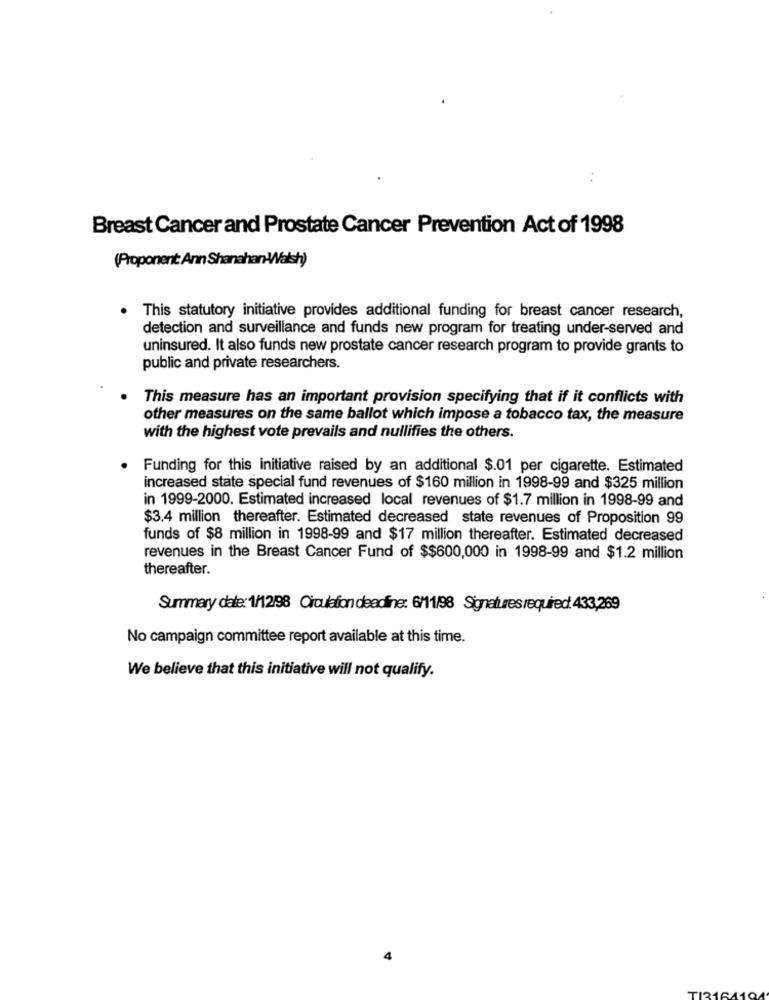
Breast Cancer and Prostate Cancer Prevention Act of 1998
(Proponent Ann Shanahan-Walsh)
This statutory initiative provides additional funding for breast cancer research,
detection and surveillance and funds new program for treating under-served and
uninsured. It also funds new prostate cancer research program to provide grants to
public and private researchers.
This measure has an important provision specifying that if it conflicts with
other measures on the same ballot which impose a tobacco tax, the measure
with the highest vote prevails and nullifies the others.
Funding for this initiative raised by an additional $.01 per cigarette. Estimated
increased state special fund revenues of $160 million in 1998-99 and $325 million
in 1999-2000. Estimated increased local revenues of $1.7 million in 1998-99 and
$3.4 million thereafter. Estimated decreased state revenues of Proposition 99
funds of $8 million in 1998-99 and $17 million thereafter. Estimated decreased
revenues in the Breast Cancer Fund of $$600,000 in 1998-99 and $1.2 million
thereafter.
Summary date: 1/12/98 Circulation deadline: 6/11/98 Signaturesrequired 433,269
No campaign committee report available at this time.
We believe that this initiative will not qualify.